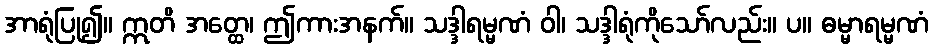
အာရုံပြု၍။ ဣတိ အတ္ထေ၊ ဤကားအနက်။ သဒ္ဒါရမ္မဏံ ဝါ၊ သဒ္ဒါရုံကိုသော်လည်း။ ပ။ ဓမ္မာရမ္မဏံ